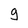
Character: g